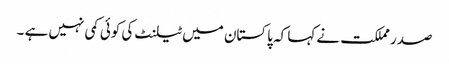
صدر مملکت نے کہا کہ پاکستان میں ٹیلنٹ کی کوئی کمی نہیں ہے ۔